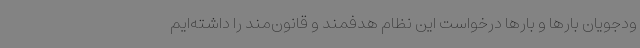
ودجویان بارها و بارها درخواست این نظام هدفمند و قانون‌مند را داشته‌ایم